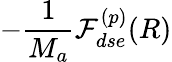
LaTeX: -\frac{1}{M_{a}}\mathcal{F}_{dse}^{(p)}(R)